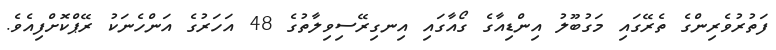
ފަތުރުވެރިންގެ ތެރޭގައި މަގުބޫލު އިންޑިއާގެ ގޯއާގައި އިނގިރޭސިވިލާތުގެ 48 އަހަރުގެ އަންހެނަކު ރޭޕްކޮށްފިއެވެ.